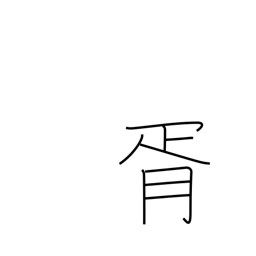
Meaning: mutual